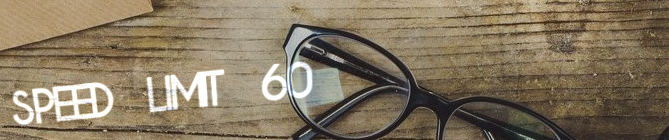
SPEED LIMIT 60